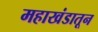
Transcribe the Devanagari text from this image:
महाखंडातून